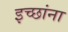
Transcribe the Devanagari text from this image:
इच्छांना